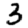
Digit: 3